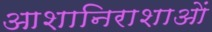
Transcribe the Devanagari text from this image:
आशानिराशाओं